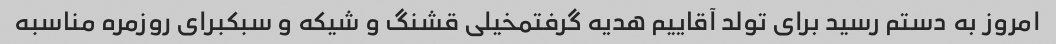
امروز به دستم رسید برای تولد آقاییم هدیه گرفتمخیلی قشنگ و شیکه و سبکبرای روزمره مناسبه